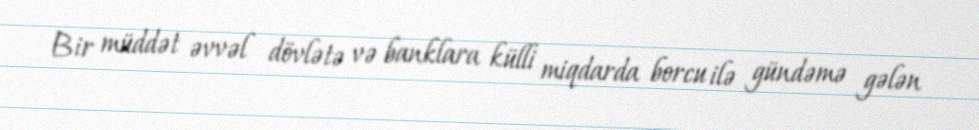
Bir müddət əvvəl dövlətə və banklara külli miqdarda borcu ilə gündəmə gələn